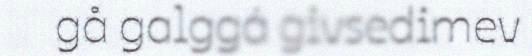
gå galggá givsedimev